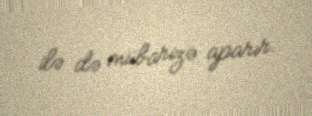
ilə də mübarizə aparır.